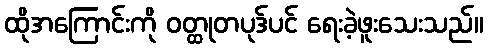
ထိုအကြောင်းကို ဝတ္ထုတပုဒ်ပင် ရေးခဲ့ဖူးသေးသည်။